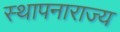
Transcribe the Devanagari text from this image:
स्थापनाराज्य